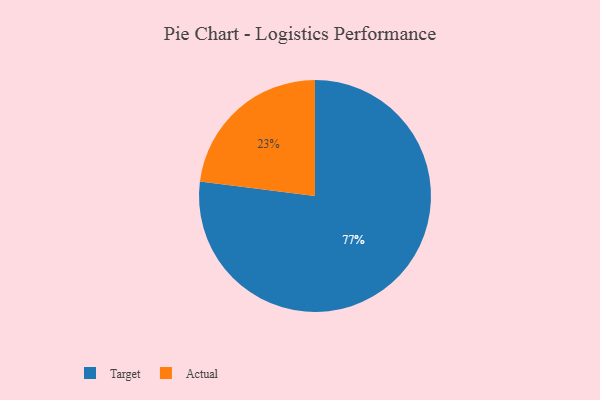
{"axis": {"x": "Category", "y": "Percentage"}, "legend": ["Actual", "Target"], "data": [{"x": "Actual", "y": 23, "type": "Actual"}, {"x": "Target", "y": 77, "type": "Target"}]}